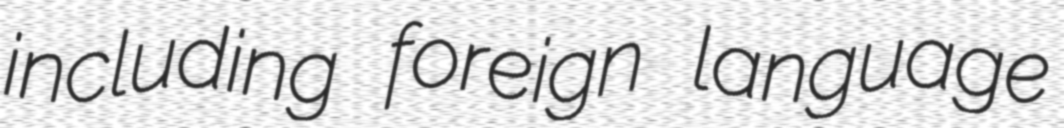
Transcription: including foreign language